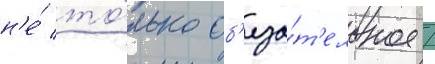
н'е́ то́лько об'яза́т'ельное /